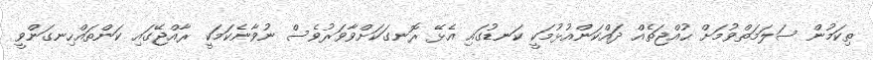
ތިކަމުން ސަލަމަތްވުމަށް ޙުއްޖަތެއް ދައްކަންއުޅުމަކީ ކަނޑުގައި އެޅޭ ރޮނގަކަށްވާވަރުވެސް ނުވާނެކަމަކީ ރާއްޖޭގައި ކަންތައްހިނގަންވީ